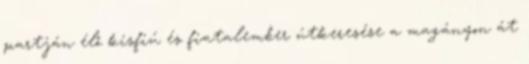
partján élő kisfiú és fiatalember útkeresése a magányon át